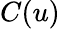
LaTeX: C(u)